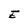
Character: E